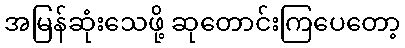
အမြန်ဆုံးသေဖို့ ဆုတောင်းကြပေတော့